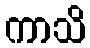
ကာသိ